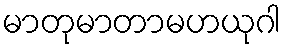
မာတုမာတာမဟယုဂါ